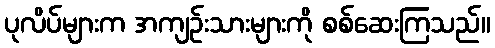
ပုလိပ်များက အကျဉ်းသားများကို စစ်ဆေးကြသည်။